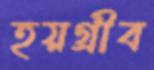
হয়গ্রীব